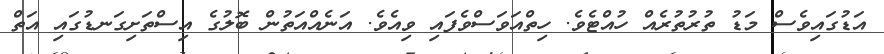
އަޑުގައިވެސް މަޑު ތުރުތުރެއް ހުއްޓެވެ. ހިތްއަވަސްވެފައި ވިއެވެ. އަނެއްއަތުން ބޮލުގެ އިސްތަށިގަނޑުގައި އަތް